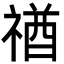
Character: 禉